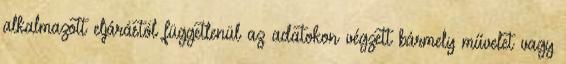
alkalmazott eljárástól függetlenül az adatokon végzett bármely művelet vagy